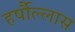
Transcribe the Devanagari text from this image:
हर्षौल्लास